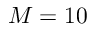
M = 1 0